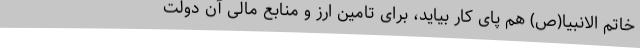
خاتم الانبیا(ص) هم پای کار بیاید، برای تامین ارز و منابع مالی آن دولت